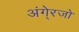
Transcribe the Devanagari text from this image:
अंगे्रजो